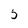
Character: 5